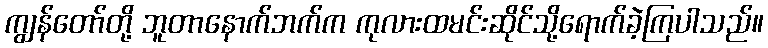
ကျွန်တော်တို့ ဘူတာနောက်ဘက်က ကုလားထမင်းဆိုင်သို့ရောက်ခဲ့ကြပါသည်။